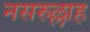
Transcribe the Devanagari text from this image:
नसरुल्लाह